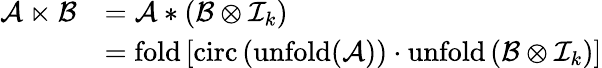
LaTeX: \begin{array}{rl}{\mathcal{A}\ltimes\mathcal{B}}&{=\mathcal{A}\ast\left(\mathcal{B}\otimes\mathcal{I}_{k}\right)}\\ &{=\mathrm{fold}\left[\mathrm{circ}\left(\mathrm{unfold(\mathcal{A})}\right)\cdot\mathrm{unfold}\left(\mathcal{B}\otimes\mathcal{I}_{k}\right)\right]}\end{array}